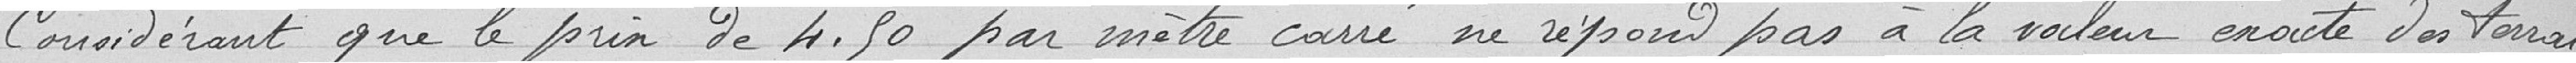
Considérant que le prix de 4.50 par mètre carré ne répond pas à la valeur exacte des terrains